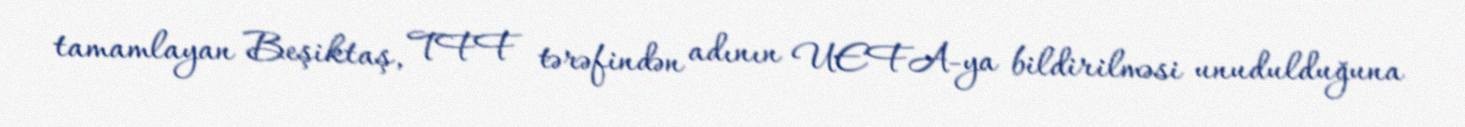
tamamlayan Beşiktaş, TFF tərəfindən adının UEFA-ya bildirilməsi unudulduğuna